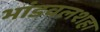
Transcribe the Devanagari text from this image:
भांडवलशहा